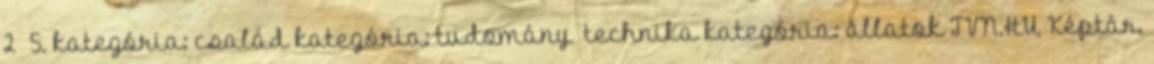
2 5. kategória: család kategória: tudomány technika kategória: állatok TVN.HU, Képtár,